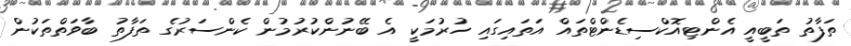
ތަފާތު ތަބީއީ އެންޓިއޮކްސިޑެންޓްތައް އަތައިގައި ހުރުމަކީ އެ ބޭނުންކުރުމުން ކެންސަރުގެ ތަފާތު ބާވަތްތަކުން